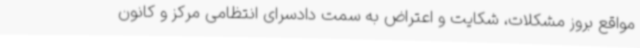
مواقع بروز مشکلات، شکایت و اعتراض به سمت دادسرای انتظامی مرکز و کانون